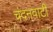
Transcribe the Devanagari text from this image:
चंदनवाटी